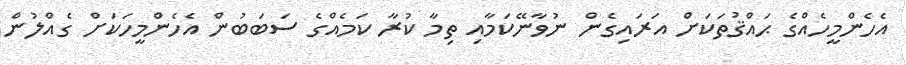
އެހެންމީހެއްގެެ ޙައްޤުތަކަށް އަރައިގެން ނުވާނޭކަމާއި ތިމާ ކުރާ ކަމެއްގެ ސަބަބުން އެހެންމީހަކަށް ގެއްލުން